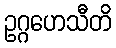
ဥဂ္ဂဟေသီတိ